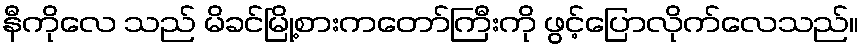
နီကိုလေ သည် မိခင်မြို့စားကတော်ကြီးကို ဖွင့်ပြောလိုက်လေသည်။